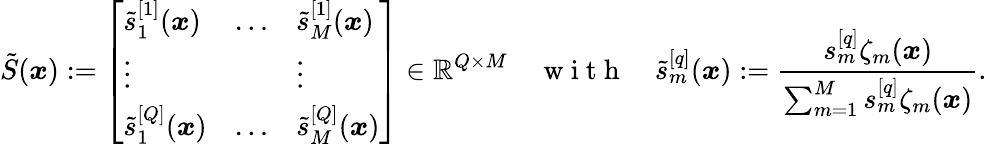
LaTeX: \tilde{S}(\boldsymbol{x}):=\left[\begin{array}{lll}{\tilde{s}_{1}^{[1]}(\boldsymbol{x})}&{\ldots}&{\tilde{s}_{M}^{[1]}(\boldsymbol{x})}\\ {\vdots}&{}&{\vdots}\\ {\tilde{s}_{1}^{[Q]}(\boldsymbol{x})}&{\ldots}&{\tilde{s}_{M}^{[Q]}(\boldsymbol{x})}\end{array}\right]\in\mathbb{R}^{Q\times M}\quad\mathrm{~w~i~t~h~}\quad\tilde{s}_{m}^{[q]}(\boldsymbol{x}):=\frac{s_{m}^{[q]}\zeta_{m}(\boldsymbol{x})}{\sum_{m=1}^{M}s_{m}^{[q]}\zeta_{m}(\boldsymbol{x})}.